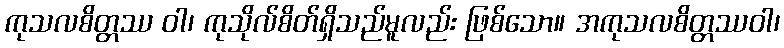
ကုသလစိတ္တဿ ဝါ၊ ကုသိုလ်စိတ်ရှိသည်မူလည်း ဖြစ်သော။ အကုသလစိတ္တဿဝါ၊